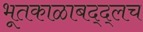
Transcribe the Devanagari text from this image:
भूतकाळाबद्द्लच